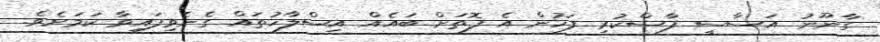
ގާނޫނު އަސާސީ ފާސްކުރި ފަހުން އެ ފޮތަށް ބައެއް އިސްލާހުތައް ގެނެވިފައިވާ ކަމަށެވެ.